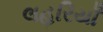
લહરિયાઁ